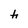
Character: h